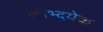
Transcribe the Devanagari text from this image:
लाभ्दयेक